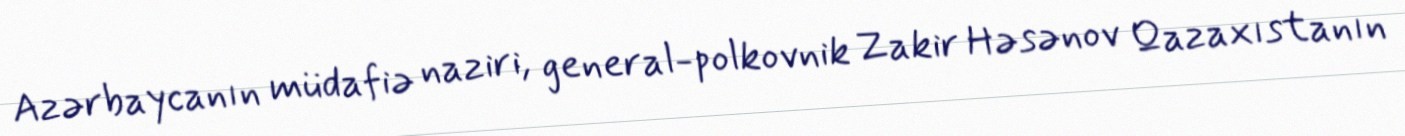
Azərbaycanın müdafiə naziri, general-polkovnik Zakir Həsənov Qazaxıstanın